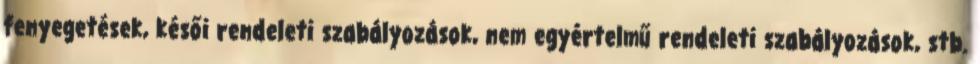
fenyegetések, késői rendeleti szabályozások, nem egyértelmű rendeleti szabályozások, stb.